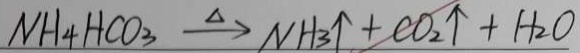
N H _ { 4 } H C O _ { 3 } \xrightarrow { \Delta } N H _ { 3 } \uparrow + C O _ { 2 } \uparrow + H _ { 2 } O